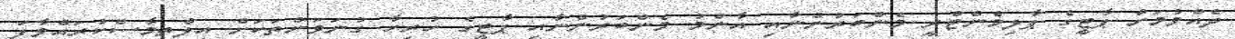
ދެއްވުމަށް ޕާޓީގެ ޕާލިމެންޓްރީ މެންބަރުންނާއި އާންމު މެންބަރުންނާއި ޕާޓީގެ ހުރިހާ ގުނަވަންތަކަށް އިލްތިމާސްކުރައްވާފަ